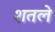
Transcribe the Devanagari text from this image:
शतले